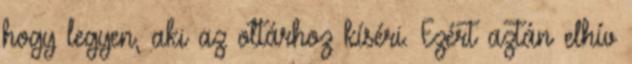
hogy legyen, aki az oltárhoz kíséri. Ezért aztán elhív